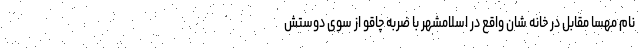
نام مهسا مقابل در خانه شان واقع در اسلامشهر با ضربه چاقو از سوی دوستش